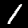
Digit: 1